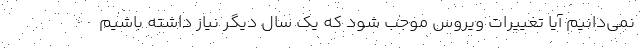
نمی‌دانیم آیا تغییرات ویروس موجب شود که یک سال دیگر نیاز داشته باشیم